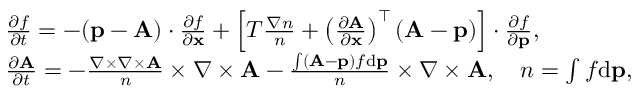
\begin{array} { r l } & { \frac { \partial f } { \partial t } = - ( { \mathbf p } - { \mathbf A } ) \cdot \frac { \partial f } { \partial { \mathbf x } } + \left[ T \frac { \nabla n } { n } + \left( \frac { \partial { \mathbf A } } { \partial \mathbf x } \right) ^ { \top } ( { \mathbf A } - { \mathbf p } ) \right] \cdot \frac { \partial f } { \partial { \mathbf p } } , } \\ & { \frac { \partial { \mathbf A } } { \partial t } = - \frac { \nabla \times \nabla \times { \mathbf A } } { n } \times { \nabla \times { \mathbf A } } - \frac { \int ( { \mathbf A } - { \mathbf p } ) f \mathrm { d } { \mathbf p } } { n } \times { \nabla \times { \mathbf A } } , \quad n = \int f \mathrm { d } { \mathbf p } , } \end{array}